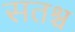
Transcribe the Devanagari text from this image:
सतश्च